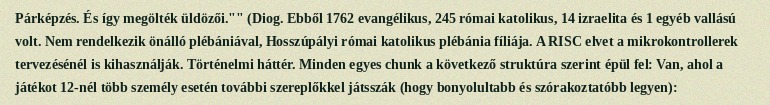
Párképzés. És így megölték üldözői."" (Diog. Ebből 1762 evangélikus, 245 római katolikus, 14 izraelita és 1 egyéb vallású volt. Nem rendelkezik önálló plébániával, Hosszúpályi római katolikus plébánia fíliája. A RISC elvet a mikrokontrollerek tervezésénél is kihasználják. Történelmi háttér. Minden egyes chunk a következő struktúra szerint épül fel: Van, ahol a játékot 12-nél több személy esetén további szereplőkkel játsszák (hogy bonyolultabb és szórakoztatóbb legyen):